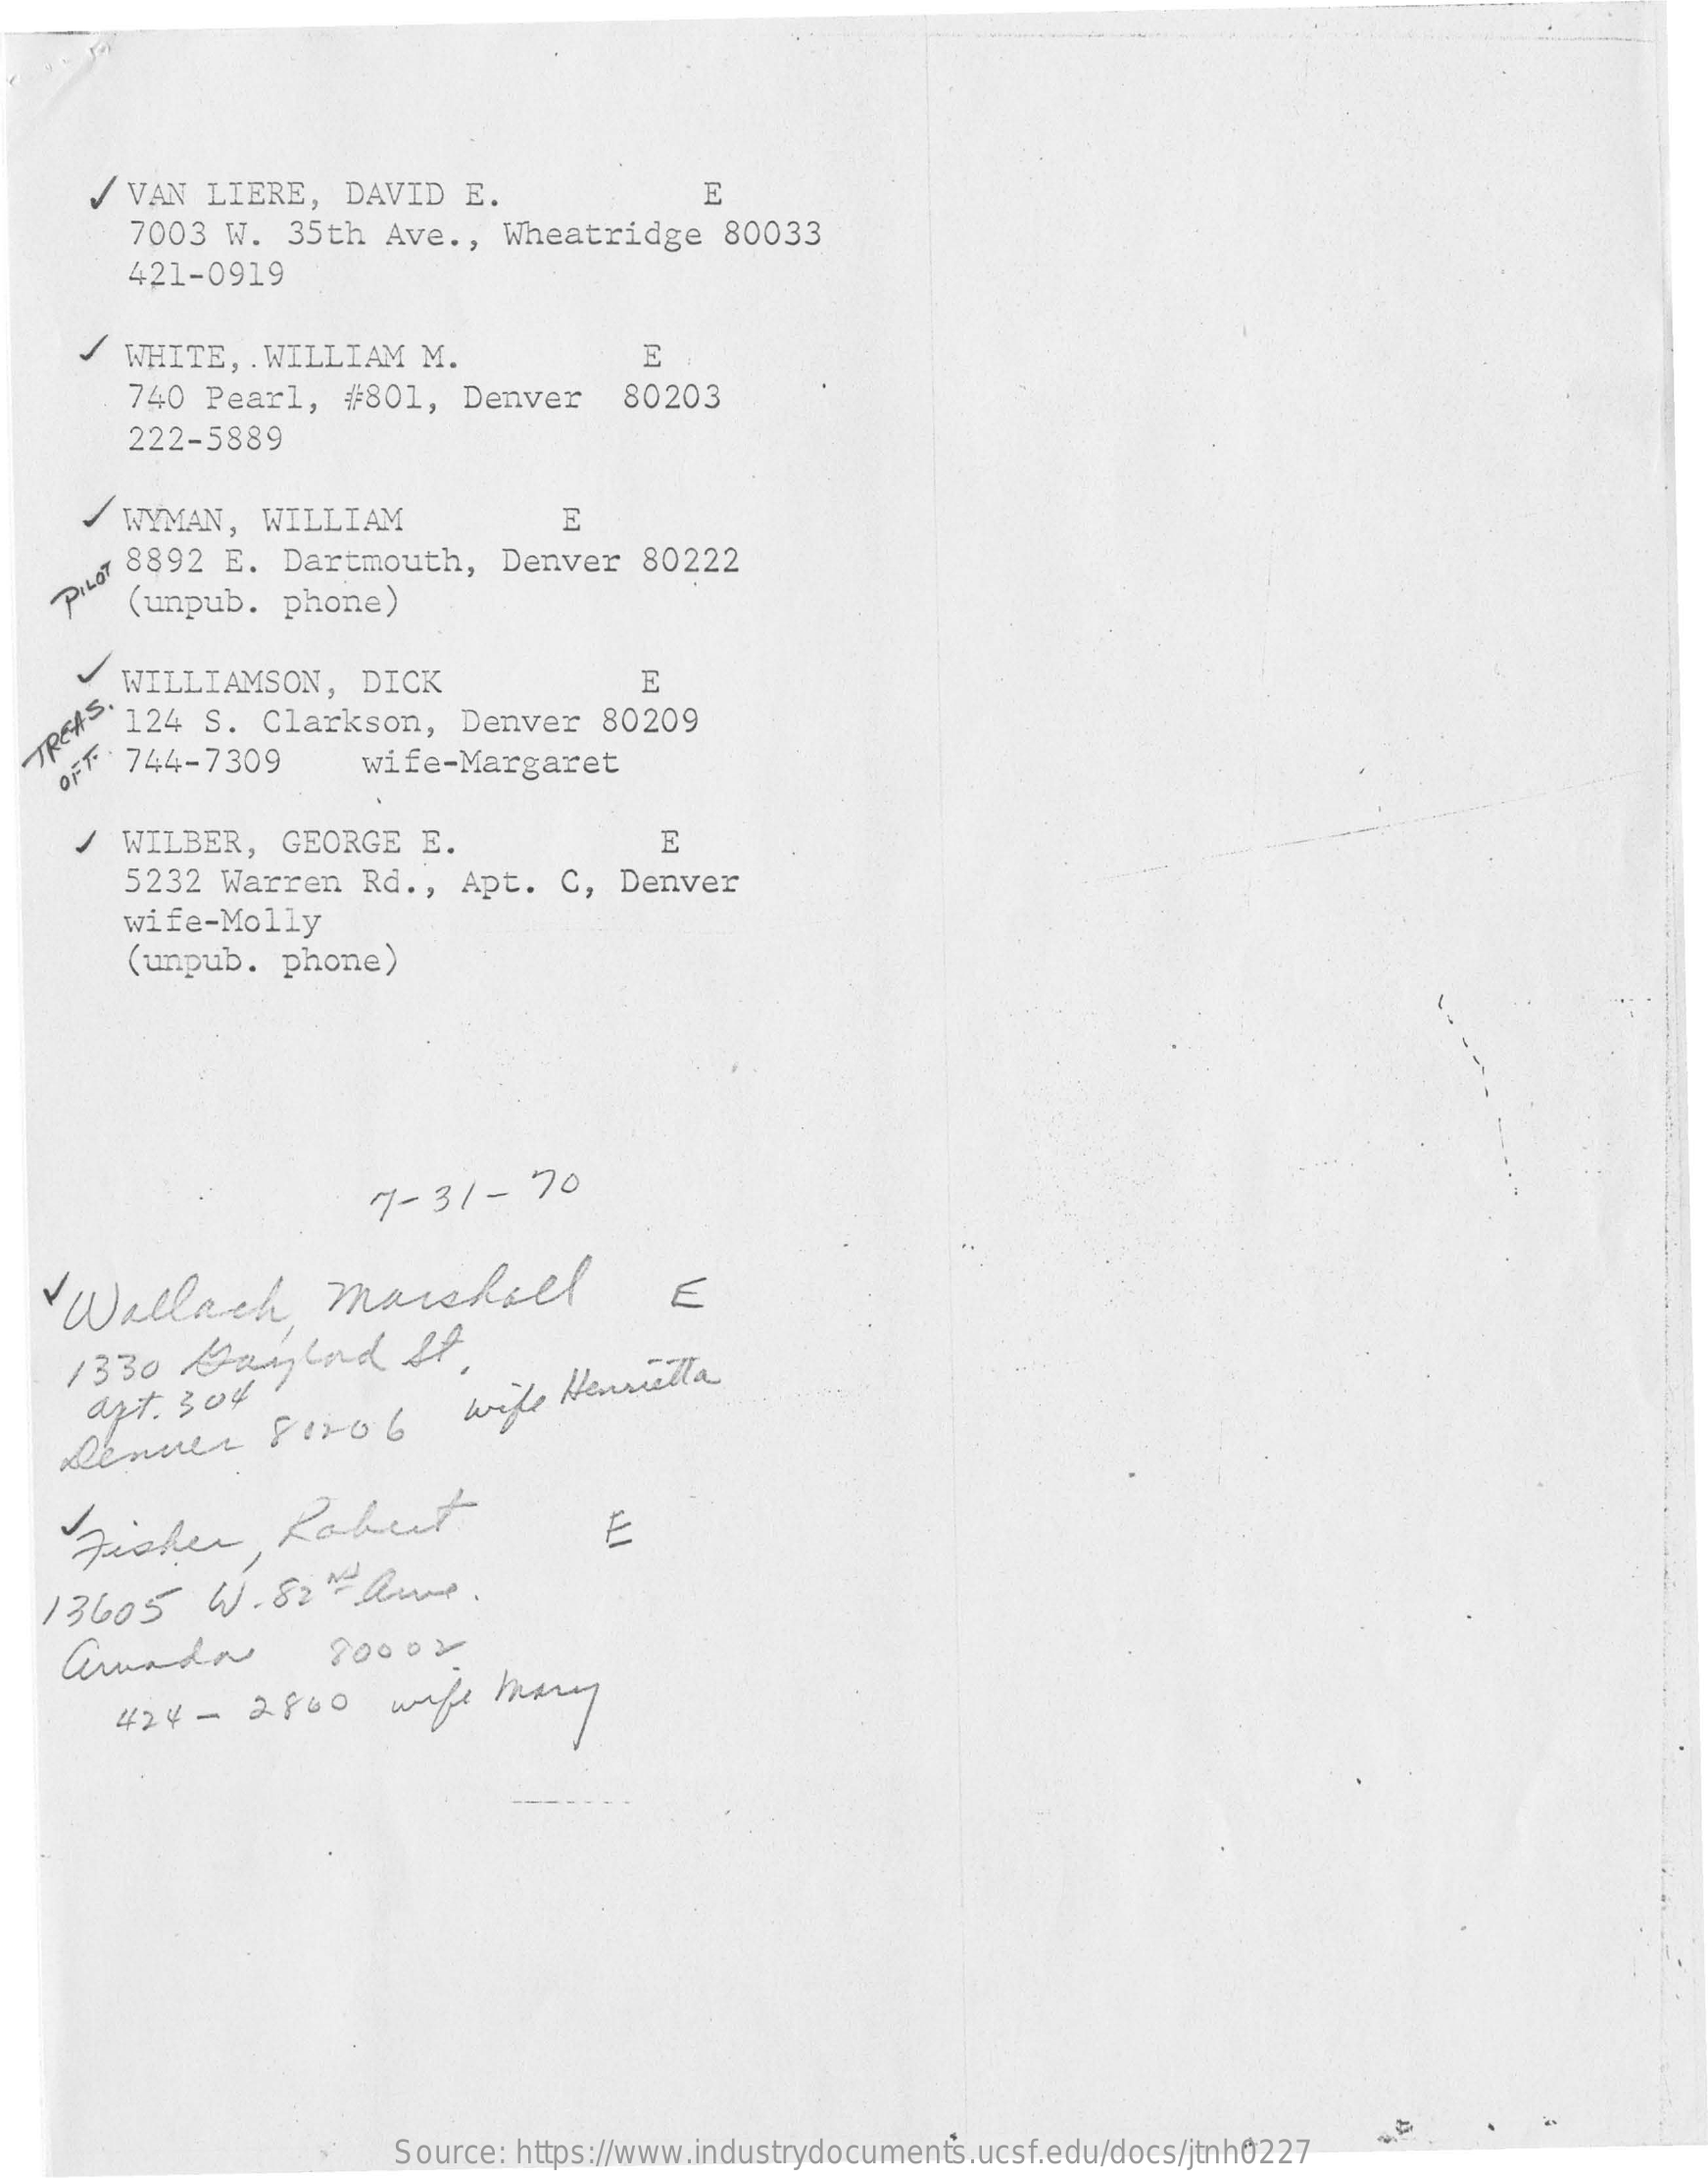
/ VAN LIERE, DAVID E.    E
     7003 W. 35th Ave ., Wheatridge 80033
     421-0919
   / WHITE, . WILLIAM M.    E
     740 Pearl, #801, Denver 80203
     222-5889
     WYMAN, WILLIAM    E
     8892 E. Dartmouth, Denver 80222
  PILOT (unpub. phone)
     WILLIAMSON, DICK    E
     124 S. Clarkson, Denver 80209 TREAS.
     744-7309   wife-Margaret OFT.
    .
   / WILBER, GEORGE E.    E
     5232 Warren Rd ., Apt. C, Denver
     wife-Molly
     (unpub. phone)
     7-31-  70
  Wallach    marshill    E
  1330 Gaylord    It
   art. 304
  Denver   Fino  6  wile Henrietta
   Fisher,  Robert    E
  13605 W.  82" homme.
  aundo    20002
     424-  2800  wife many